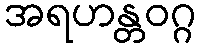
အရဟန္တဝဂ္ဂ